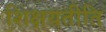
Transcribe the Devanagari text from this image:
शिक्षयतीति